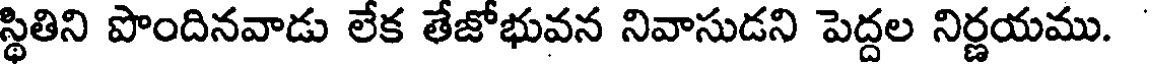
స్థితిని పొందినవాడు లేక తేజోభువన నివాసుడని పెద్దల నిర్ణయము.